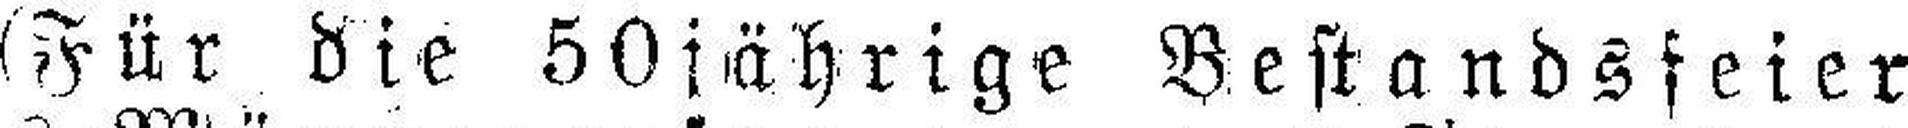
(Für die 50jährige Bestandsfeier